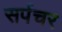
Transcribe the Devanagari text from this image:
सर्पचर